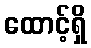
ထောင့်ရှိ